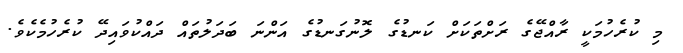
މި ކުރެހުމަކީ ރާއްޖޭގެ ރަށްތަކަށް ކަނޑުގެ ލޮނުގަނޑުގެ އަންނަ ބަދަލުތައް ދައްކުވައިދޭ ކުރެހުމެކެވެ.